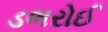
ડભરોઈ